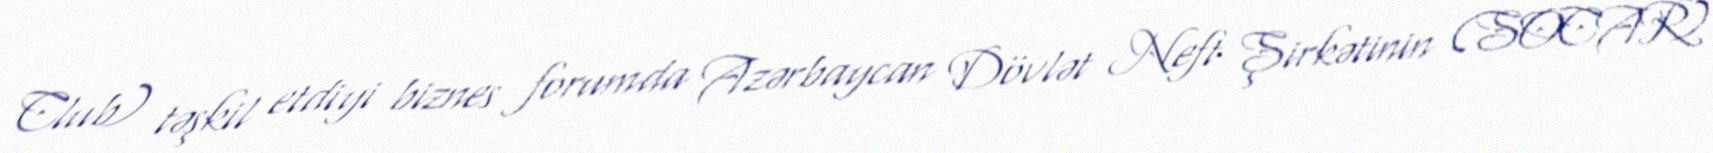
Club) təşkil etdiyi biznes forumda Azərbaycan Dövlət Neft Şirkətinin (SOCAR)